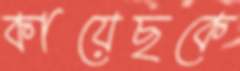
কায়েছকে